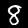
Digit: 8